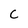
Character: C